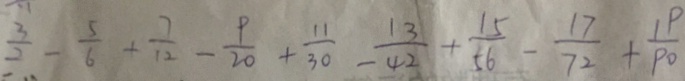
\frac { 3 } { 2 } - \frac { 5 } { 6 } + \frac { 7 } { 1 2 } - \frac { 9 } { 2 0 } + \frac { 1 1 } { 3 0 } - \frac { 1 3 } { 4 2 } + \frac { 1 5 } { 5 6 } - \frac { 1 7 } { 7 2 } + \frac { 1 9 } { 9 0 }